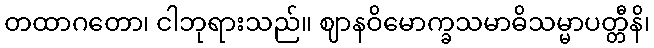
တထာဂတော၊ ငါဘုရားသည်။ ဈာနဝိမောက္ခသမာဓိသမ္မာပတ္တီနိ၊